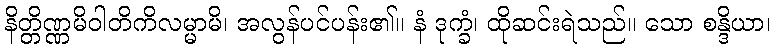
နိတ္တိဏ္ဏမိဝါတိကိလမ္မာမိ၊ အလွန်ပင်ပန်း၏။ နံ ဒုက္ခံ၊ ထိုဆင်းရဲသည်။ သော စန္ဒိယာ၊